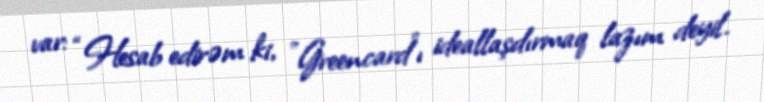
var: “Hesab edirəm ki, "Greencard"ı ideallaşdırmaq lazım deyil.